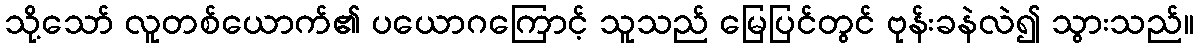
သို့သော် လူတစ်ယောက်၏ ပယောဂကြောင့် သူသည် မြေပြင်တွင် ဗုန်းခနဲလဲ၍ သွားသည်။